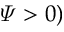
\varPsi > 0 )